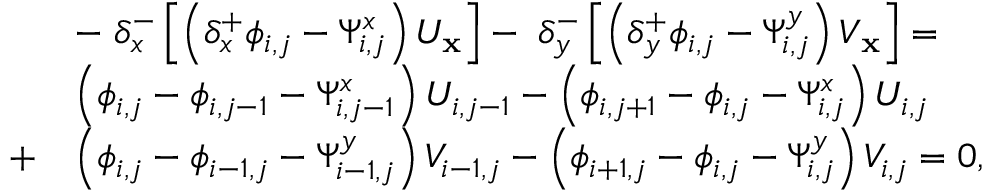
\begin{array} { r l } & { - \; \delta _ { x } ^ { - } \left[ \left( \delta _ { x } ^ { + } \phi _ { i , j } - \Psi _ { i , j } ^ { x } \right) U _ { \mathbf { x } } \right] - \; \delta _ { y } ^ { - } \left[ \left( \delta _ { y } ^ { + } \phi _ { i , j } - \Psi _ { i , j } ^ { y } \right) V _ { \mathbf { x } } \right] = } \\ & { \left( \phi _ { i , j } - \phi _ { i , j - 1 } - \Psi _ { i , j - 1 } ^ { x } \right) U _ { i , j - 1 } - \left( \phi _ { i , j + 1 } - \phi _ { i , j } - \Psi _ { i , j } ^ { x } \right) U _ { i , j } } \\ { + } & { \left( \phi _ { i , j } - \phi _ { i - 1 , j } - \Psi _ { i - 1 , j } ^ { y } \right) V _ { i - 1 , j } - \left( \phi _ { i + 1 , j } - \phi _ { i , j } - \Psi _ { i , j } ^ { y } \right) V _ { i , j } = 0 , } \end{array}